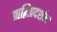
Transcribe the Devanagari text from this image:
ऋद्धिप्रदर्शन